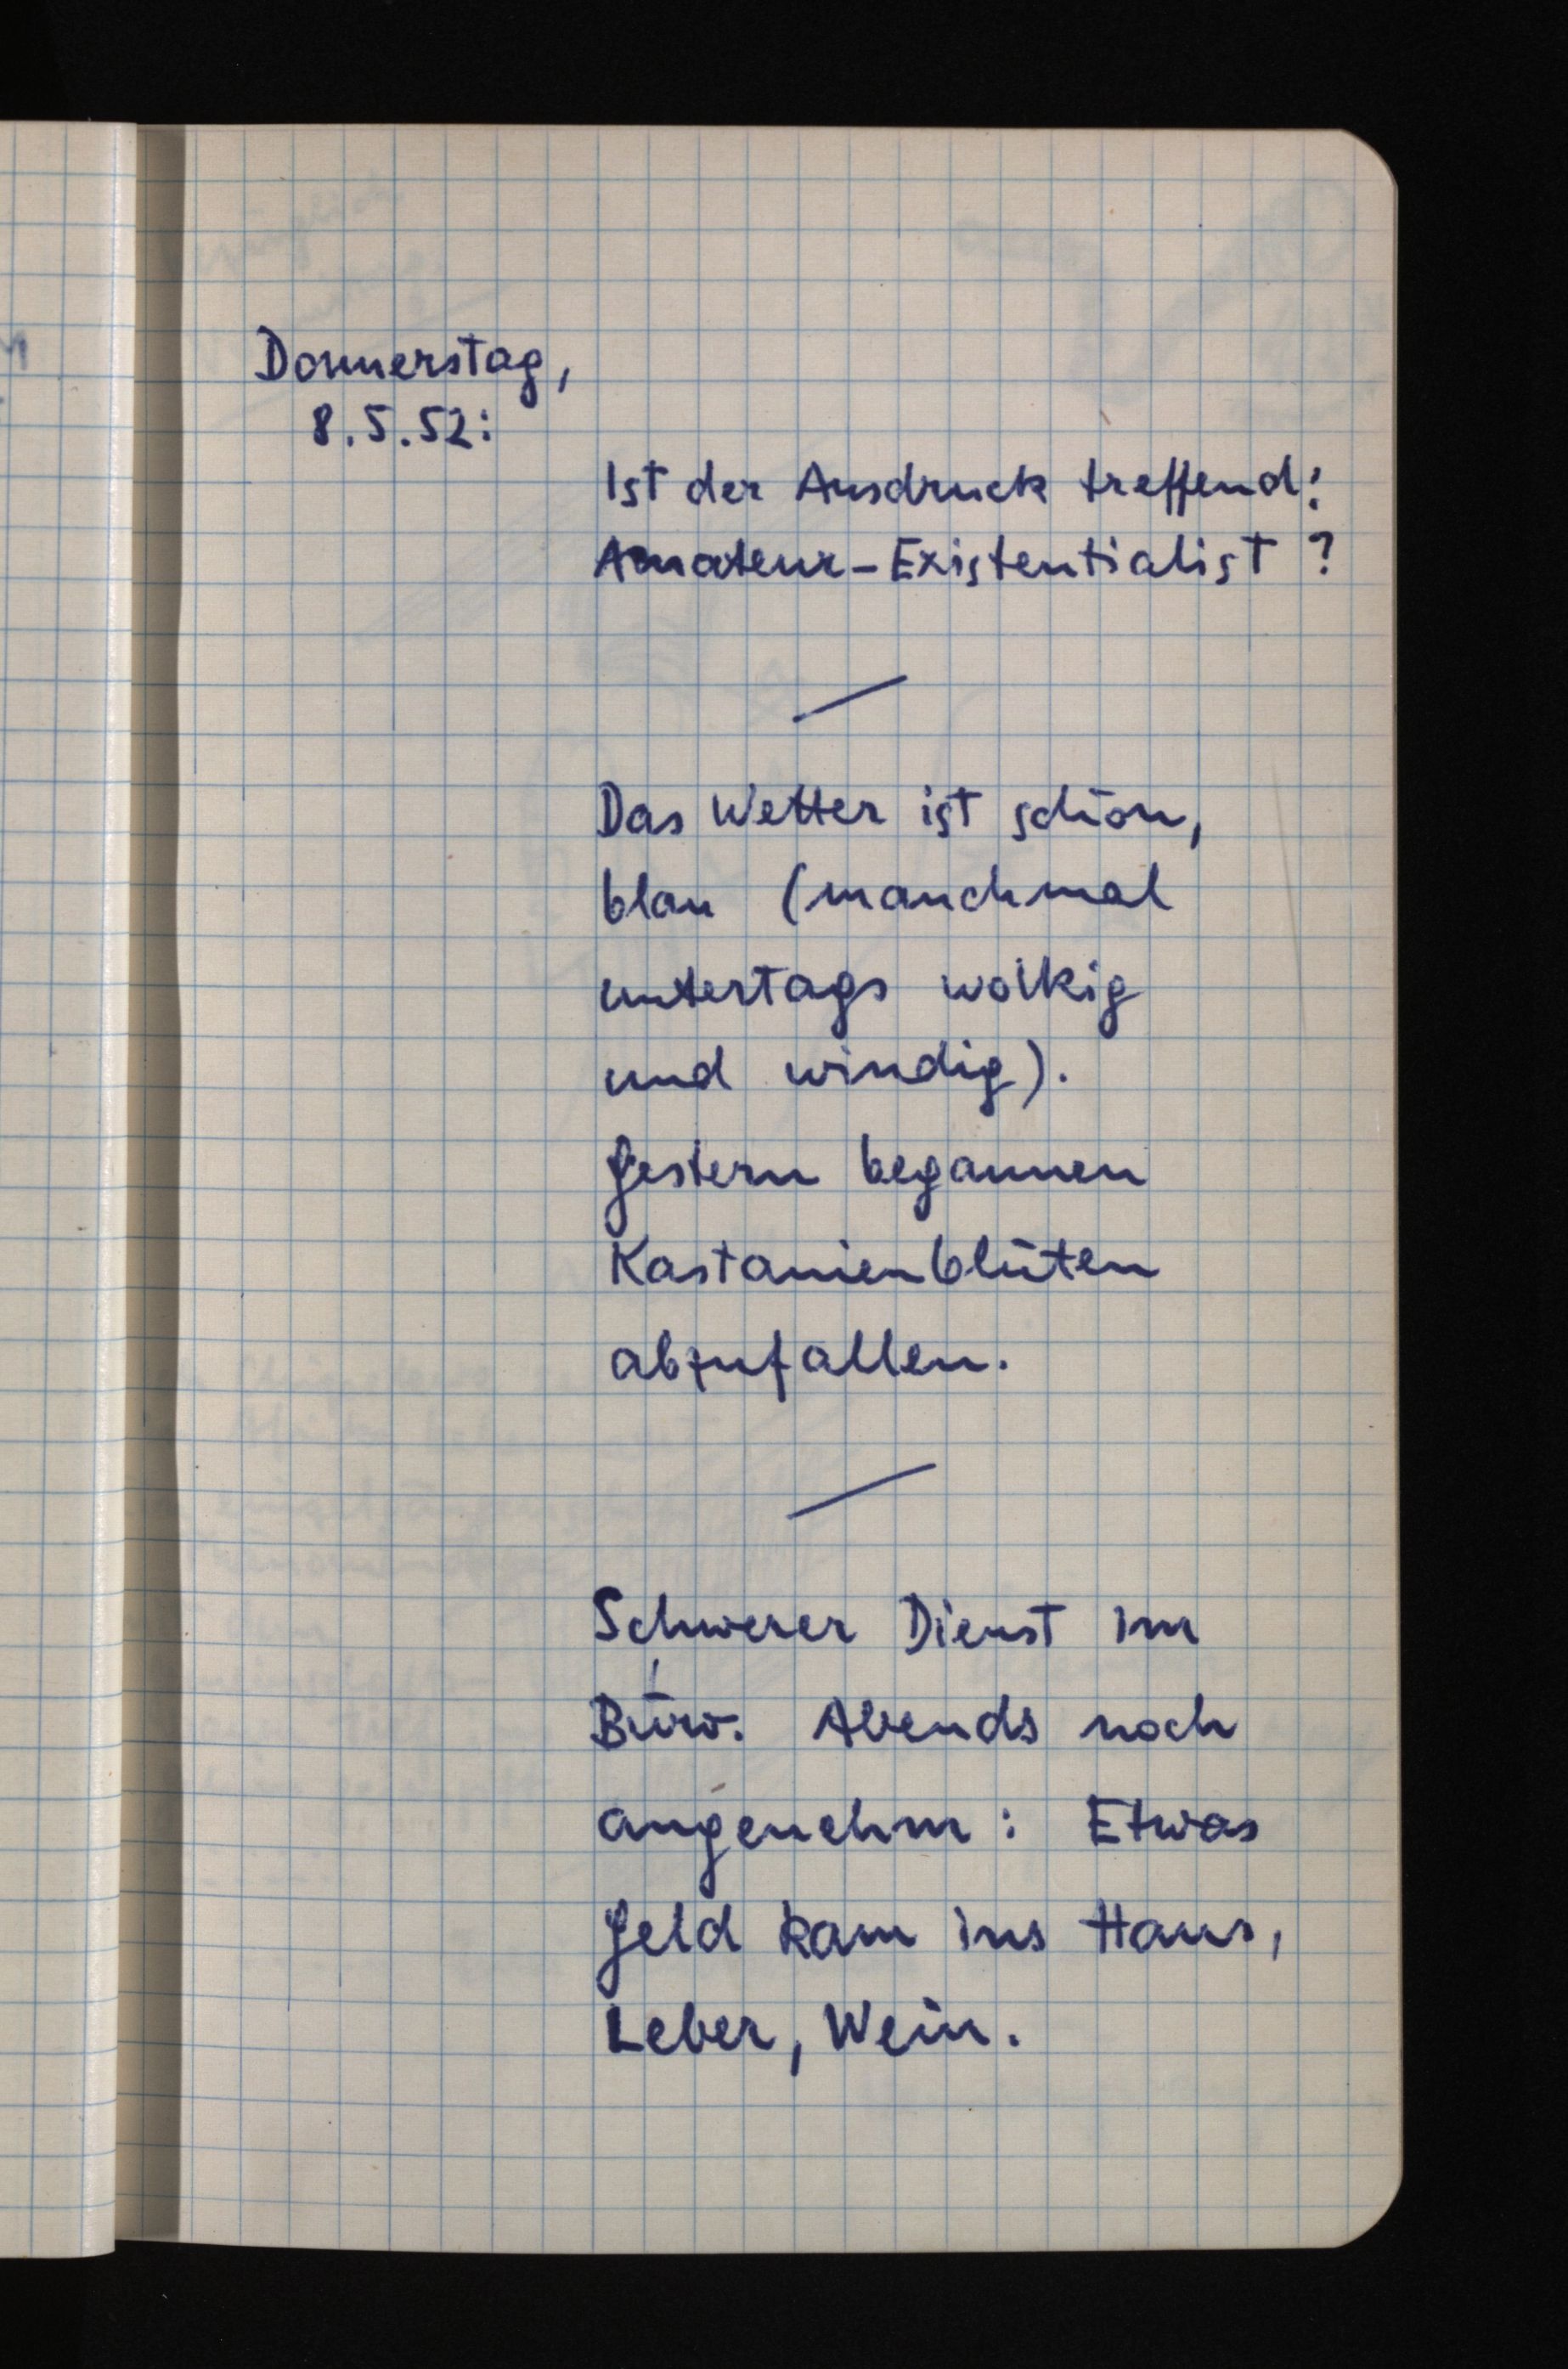
Donnerstag,
8.5.52:
Ist der Ausdruck treffend:
Amateur-Existentialist?
Das Wetter ist schön,
blau (manchmal
untertags wolkig
und windig).
Gestern begannen
Kastanienblüten
abzufallen.
Schwerer Dienst im
Büro. Abends noch
angenehm: Etwas
Geld kam ins Haus,
Leber, Wein.